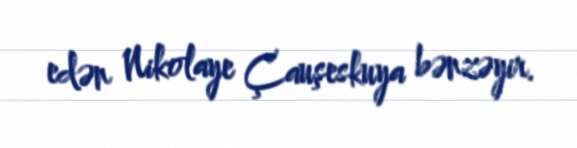
edən Nikolaye Çauşeskuya bənzəyir.